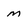
Character: M